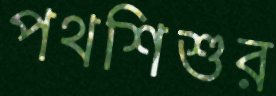
পথশিশুর